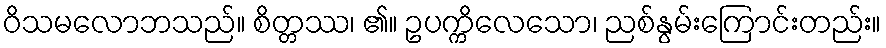
ဝိသမလောဘသည်။ စိတ္တဿ၊ ၏။ ဥပက္ကိလေသော၊ ညစ်နွမ်းကြောင်းတည်း။